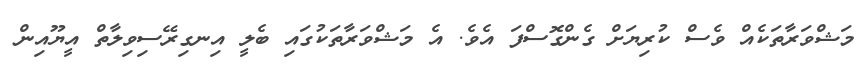
މަޝްވަރާތަކެއް ވެސް ކުރިޔަށް ގެންގޮސްފަ އެވެ. އެ މަޝްވަރާތަކުގައި ބެލީ އިނގިރޭސިވިލާތް އީޔޫއިން